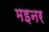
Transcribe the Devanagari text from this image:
मइनर